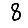
Digit: 8